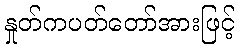
နှုတ်ကပတ်တော်အားဖြင့်